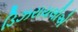
ડિઝરાયલીએ